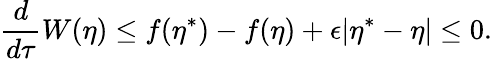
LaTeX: \frac{d}{d\tau}W(\eta)\leq f(\eta^{*})-f(\eta)+\epsilon|\eta^{*}-\eta|\leq 0.